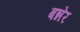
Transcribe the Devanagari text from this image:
बन्नेर